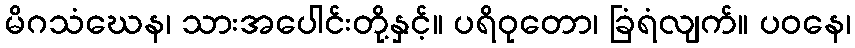
မိဂသံဃေန၊ သားအပေါင်းတို့နှင့်။ ပရိဝုတော၊ ခြံရံလျက်။ ပဝနေ၊